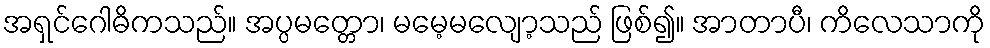
အရှင်ဂေါဓိကသည်။ အပ္ပမတ္တော၊ မမေ့မလျော့သည် ဖြစ်၍။ အာတာပီ၊ ကိလေသာကို